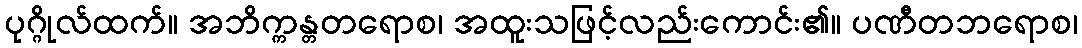
ပုဂ္ဂိုလ်ထက်။ အဘိက္ကန္တတရောစ၊ အထူးသဖြင့်လည်းကောင်း၏။ ပဏီတဘရောစ၊